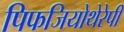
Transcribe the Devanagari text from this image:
पिफजियोथेरेपी